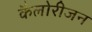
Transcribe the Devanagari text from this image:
कैलोरीजन